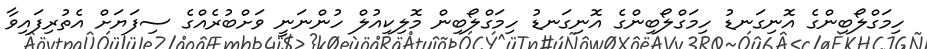
ހިމަގްލޯބިންގެ އޮނިގަނޑު ހިމަގްލޯބިންގެ އޮނިގަނޑު ހިމަގްލޯބިން މޮލިކިއުލް ހުންނަނީ ވަށްބުރެއްގެ ސިފަޔަށް އެތުރިފައިވާ